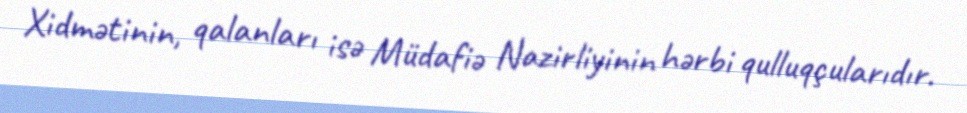
Xidmətinin, qalanları isə Müdafiə Nazirliyinin hərbi qulluqçularıdır.